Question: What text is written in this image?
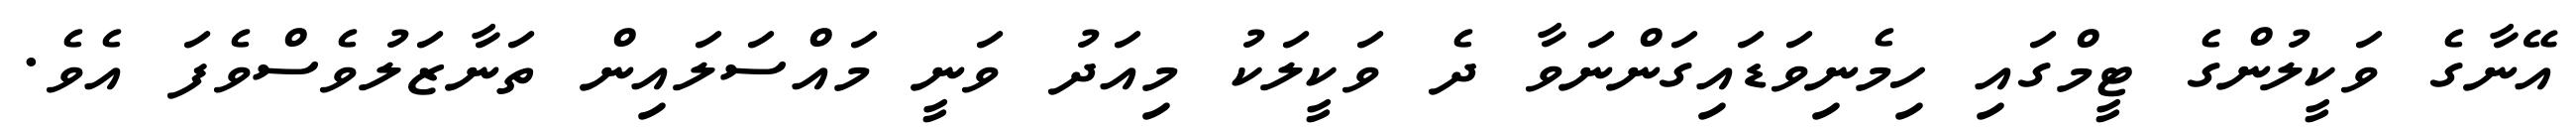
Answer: އޭނާގެ ވަކީލުންގެ ޓީމްގައި ހިމެނިވަޑައިގަންނަވާ ދެ ވަކީލަކު މިއަދު ވަނީ މައްސަލައިން ތަނާޒަލުވެސްވެފަ އެވެ.